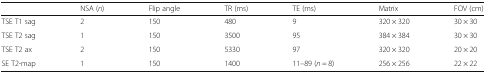
<table><thead><tr><td></td><td><b>NSA (<i>n</i>)</b></td><td><b>Flip angle</b></td><td><b>TR (ms)</b></td><td><b>TE (ms)</b></td><td><b>Matrix</b></td><td><b>FOV (cm)</b></td></tr></thead><tbody><tr><td>TSE T1 sag</td><td>2</td><td>150</td><td>480</td><td>9</td><td>320 × 320</td><td>30 × 30</td></tr><tr><td>TSE T2 sag</td><td>1</td><td>150</td><td>3500</td><td>95</td><td>384 × 384</td><td>30 × 30</td></tr><tr><td>TSE T2 ax</td><td>2</td><td>150</td><td>5330</td><td>97</td><td>320 × 320</td><td>20 × 20</td></tr><tr><td>SE T2-map</td><td>1</td><td>150</td><td>1400</td><td>11–89 (<i>n</i> = 8)</td><td>256 × 256</td><td>22 × 22</td></tr></tbody></table>